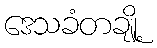
ဒေသခံတချို့